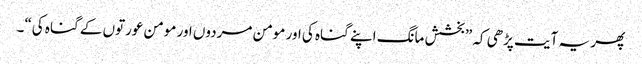
پھر یہ آیت پڑھی کہ ”بخشش مانگ اپنے گناہ کی اور مومن مردوں اور مومن عورتوں کے گناہ کی“۔